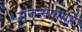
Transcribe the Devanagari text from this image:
सुजन्मावाप्ति